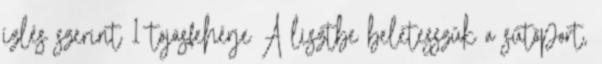
ízlés szerint 1 tojásfehérje A lisztbe beletesszük a sütőport,